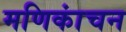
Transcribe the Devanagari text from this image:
मणिकांचन